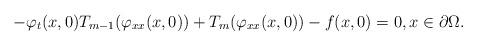
LaTeX: \begin{align*} -\varphi_t(x,0)T_{m-1}(\varphi_{xx}(x,0))+T_m(\varphi_{xx}(x,0))-f(x,0)=0,x\in\partial\Omega. \end{align*}